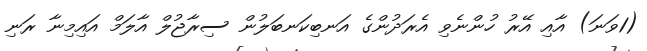
(1ވަނަ) އާއި އޭރު ހުންނެވި އެރަދުންގެ އަނބިކަނބަލުން ސިރާޖުލް އާލަމް އައިމިނާ ރަނި